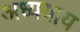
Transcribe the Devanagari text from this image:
अध्ययाय